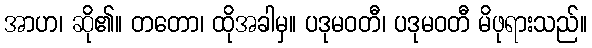
အာဟ၊ ဆို၏။ တတော၊ ထိုအခါမှ။ ပဒုမဝတီ၊ ပဒုမဝတီ မိဖုရားသည်။